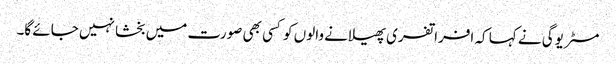
مسٹر یوگی نے کہا کہ افراتفری پھیلانے والوں کو کسی بھی صورت میں بخشا نہیں جائے گا۔